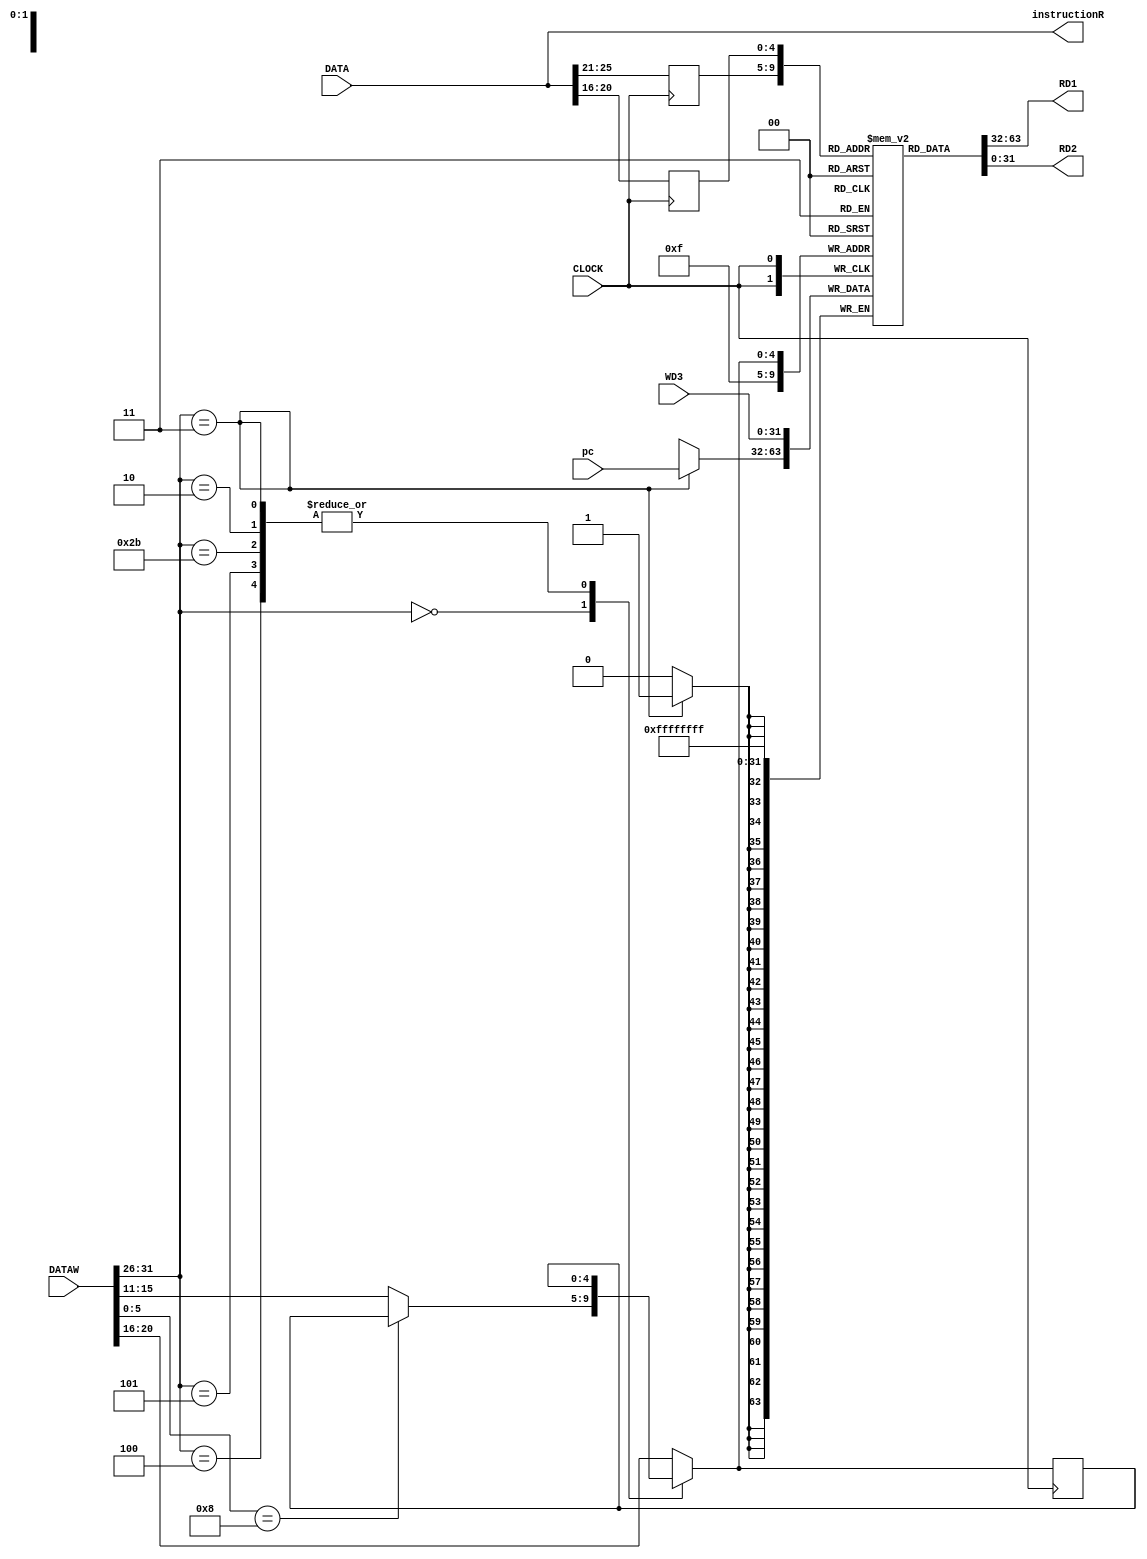
`timescale 100fs/100fs
module Register
(
    input CLOCK,
    input [31:0] pc,
    input [31:0] DATA,
    input [31:0] WD3,
    input [31:0] DATAW,
    output signed [31:0] RD1,
    output signed [31:0] RD2,
    output [31:0] instructionR
);
reg[31:0] pos, pos1, pos2;
reg [1023:0] reg_init;
reg[4:0] R1, R2, R3;
reg[5:0] op, func;
reg WE;
reg [31:0] register [0:31];
integer i;
initial begin
    reg_init = {32'b00000000000000000000000000000000,32'b00000000000000000000000000000000,32'b00000000000000000000000000000000,32'b00000000000000000000000000000000,
    32'b00000000000000000000000000000000,32'b00000000000000000000000000000000,32'b00000000000000000000000000000000,32'b00000000000000000000000000000000,
    32'b00000000000000000000000000000000,32'b00000000000000000000000000000000,32'b00000000000000000000000000000000,32'b00000000000000000000000000000000,
    32'b00000000000000000000000000000000,32'b00000000000000000000000000000000,32'b00000000000000000000000000000000,32'b00000000000000000000000000000000,
    32'b00000000000000000000000000000000,32'b00000000000000000000000000000000,32'b00000000000000000000000000000000,32'b00000000000000000000000000000000,
    32'b00000000000000000000000000000000,32'b00000000000000000000000000000000,32'b00000000000000000000000000000000,32'b00000000000000000000000000000000,
    32'b00000000000000000000000000000000,32'b00000000000000000000000000000000,32'b00000000000000000000000000000000,32'b00000000000000000000000000000000,
    32'b00000000000000000000000000000000,32'b00000000000000000000000000000000,32'b00000000000000000000000000000000,32'b00000000000000000000000000000000};
    for (i = 0; i < 32; i = i + 1) begin
        register[i] = reg_init[i*32+:32];
    end
end

always @(negedge CLOCK) begin
    R1 = DATA[25:21];
    R2 = DATA[20:16];
end
always @(posedge CLOCK) begin
    op = DATAW[31:26];
    func = DATAW[5:0];
    case (op)
        6'b000000: begin
            case (func)
                6'b001000: WE = 1'b0;
                default: begin
                    WE = 1'b1;
                    R3 = DATAW[15:11];
                end
            endcase
        end
        6'b000100: WE = 1'b0;//beq
        6'b000101: WE = 1'b0;//bne
        6'b101011: WE = 1'b0;//sw
        6'b000010: WE = 1'b0;//j
        6'b000011: WE = 1'b0;//jal
        default: begin
            WE = 1'b1;
            R3 = DATAW[20:16];
        end
    endcase
    register[R3] = WD3;
    if (op == 6'b000011) begin
        register[15] = pc[31:0];
    end
    //$display("%b : %b : %b : %b",R1, register[R1], R2, register[R2]);
    //if (DATA == 32'b11111111111111111111111111111111) begin
    //   for (i = 0; i < 32; i = i + 1) begin
    //        $display("%b",register[i]);
    //    end
    //   $finish;
    //end
end
assign RD1[31:0] = register[R1];
assign RD2[31:0] = register[R2];
assign instructionR[31:0] = DATA;
endmodule